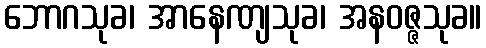
ဘောဂသုခ၊ အာနေဏျသုခ၊ အနဝဇ္ဇသုခ။